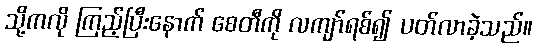
သို့ကလို ကြည့်ပြီးနောက် စေတီကို လကျာ်ရစ်၍ ပတ်လာခဲ့သည်။